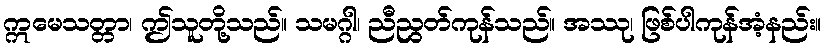
ဣမေသတ္တာ၊ ဤသူတို့သည်။ သမဂ္ဂါ၊ ညီညွတ်ကုန်သည်။ အဿု၊ ဖြစ်ပါကုန်အံ့နည်း။